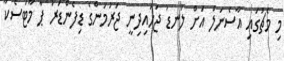
މި މެޗުގައި އާސެނަލް އަށް ލަނޑު ޖަހައިދިނީ ޖަރުމަންގެ ޑިފެންޑަރު ޕާ މާޓަސެކާ